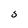
Character: 0